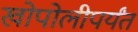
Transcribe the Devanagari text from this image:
खोपोलीपर्यंत